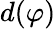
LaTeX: d(\varphi)